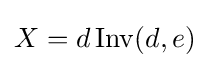
X=d\operatorname {Inv} (d,e)